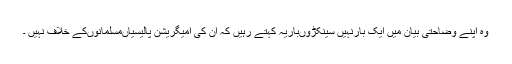
وہ اپنے وضاحتی بیان میں ایک بارنہیں سینکڑوںباریہ کہتے رہیں کہ ان کی امیگریشن پالیسیاںمسلمانوںکے خلاف نہیں ۔